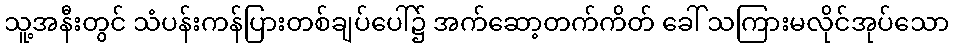
သူ့အနီးတွင် သံပန်းကန်ပြားတစ်ချပ်ပေါ်၌ အက်ဆော့တက်ကိတ် ခေါ် သကြားမလိုင်အုပ်သော